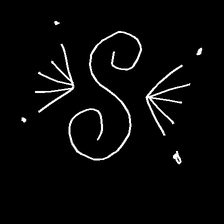
Glyph: aeroform